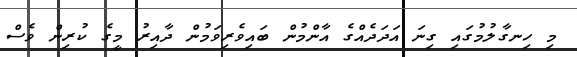
މި ހިނގާލުމުގައި ގިނަ އަދަދެއްގެ އާންމުން ބައިވެރިވަމުން ދާއިރު މީގެ ކުރިން ވެސް